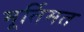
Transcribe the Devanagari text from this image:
मूर्तिमत